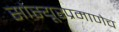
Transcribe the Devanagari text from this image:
सोस्यूरप्रमाणेच